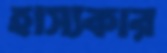
হাস্যকার